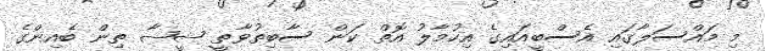
މި މައްސަލާގައި އެސްބީއައިގެ އިހުމާލު އޮތް ކަން ސާބިތުވާތީ ޝީޝާ ތިން ބެއިންގެ